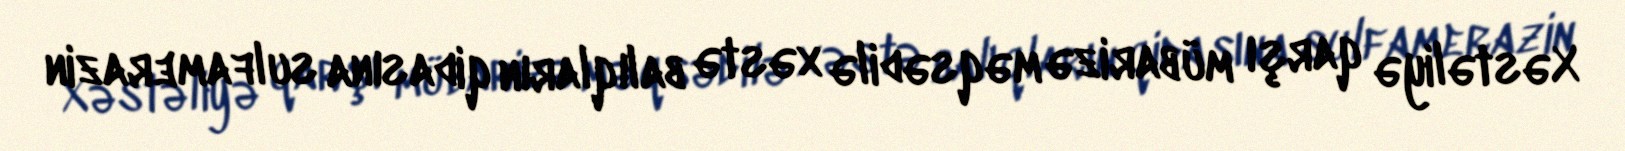
Xəstəliyə qarşı mübarizə məqsədilə xəstə balıqların qidasına sulfamerazin